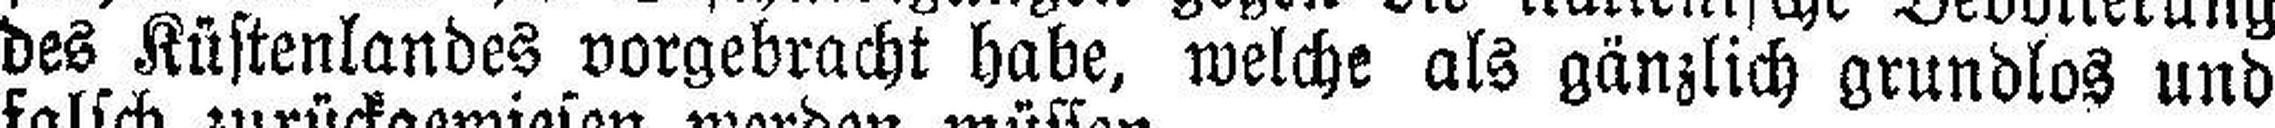
des Küstenlandes vorgebracht habe, welche als gänzlich grundlos und